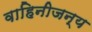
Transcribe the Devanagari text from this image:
वाहिनीजन्य